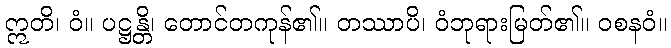
ဣတိ၊ ဝံ။ ပဋ္ဌန္တိ၊ တောင်တကုန်၏။ တဿာပိ၊ ဝံဘုရားမြတ်၏။ ဝစနဝံ။